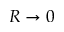
R \rightarrow 0